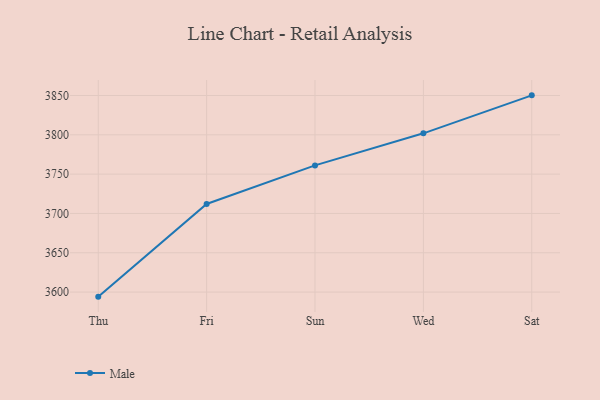
{"axis": {"x": "Day", "y": "Population (Million)"}, "legend": ["Male"], "data": [{"x": "Thu", "y": 3594.2, "type": "Male"}, {"x": "Fri", "y": 3712.1, "type": "Male"}, {"x": "Sun", "y": 3761.1, "type": "Male"}, {"x": "Wed", "y": 3801.9, "type": "Male"}, {"x": "Sat", "y": 3850.2, "type": "Male"}]}